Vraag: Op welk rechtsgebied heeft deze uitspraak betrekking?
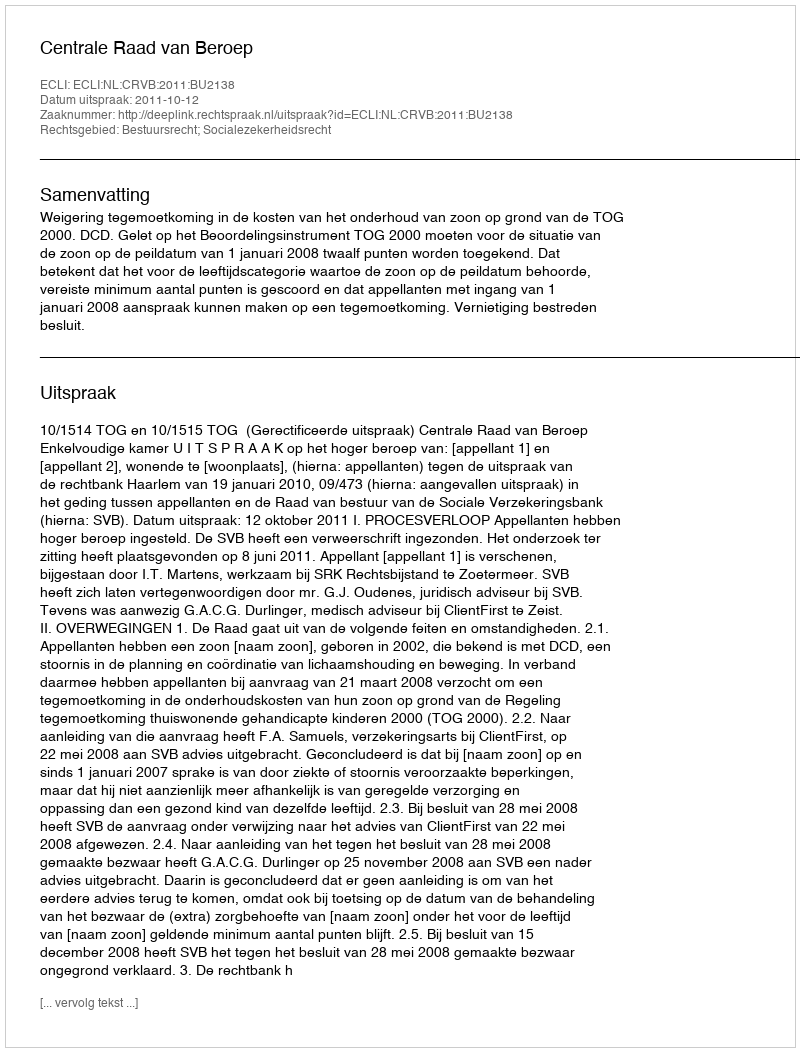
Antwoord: Bestuursrecht; Socialezekerheidsrecht